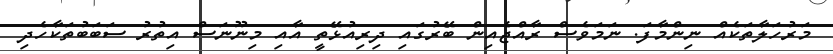
މަރުހަލާތަކެއް ނިންމާފަ. ނަމަވެސް ރާއްޖެއިން ބޭރުގައި ދިރިއުޅޭތީ އާއި މިނޫނަސް އިތުރު ސަބަބުތަކާހެދި